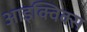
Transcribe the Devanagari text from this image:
आइक्विक्स